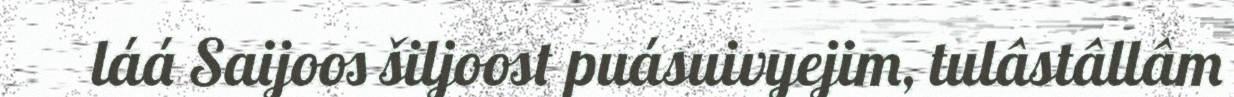
láá Saijoos šiljoost puásuivyejim, tulâstâllâm